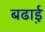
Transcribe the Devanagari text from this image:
बढा़ई